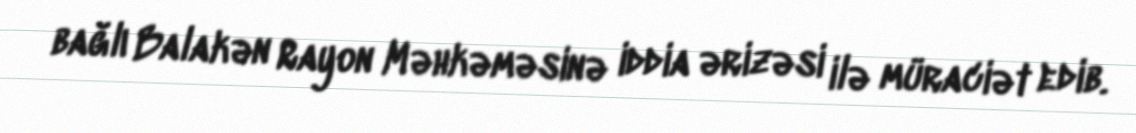
bağlı Balakən Rayon Məhkəməsinə iddia ərizəsi ilə müraciət edib.